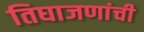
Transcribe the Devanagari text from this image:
तिघाजणांची